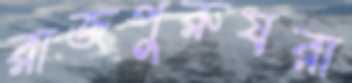
রাজপুরুষরা